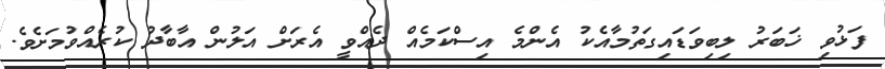
ފަޅުވި ޚަބަރު ލިބިވަޑައިގަތުމާއެކު އެންމެ އިސްކަމެއް ދެއްވީ އެރަށް އަލުން އާބާދު ކުރެއްވުމަށެވެ.